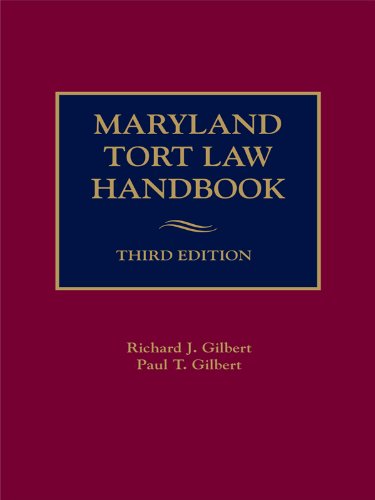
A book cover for Maryland Tort Law Handbook; Paul T. Gilbert Richard J. Gilbert; Law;